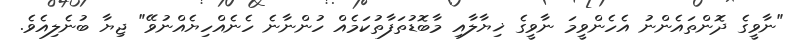
"ނާވީގެ ދޮންތައެންނު އެހެންވީމަ ނާވީގެ ޚިޔާލާއި މާބޮޑުތަފާތުކަމެއް ހުންނާނެ ހެނެއްހިޔެއްނުވޭ" ޖިޔާ ބުނެލިއެވެ.